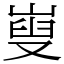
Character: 㟬